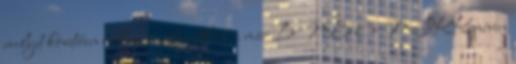
melyet követően rektori megbízottként a már BME OMIKK néven